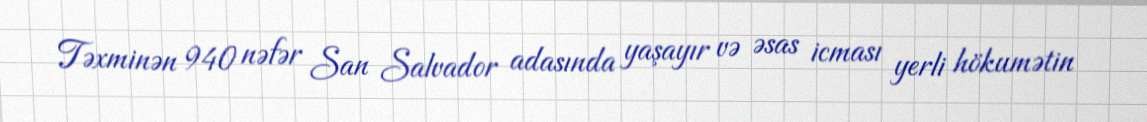
Təxminən 940 nəfər San Salvador adasında yaşayır və əsas icması yerli hökumətin